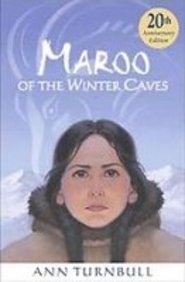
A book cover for Maroo of the Winter Caves; Ann Turnbull; Teen & Young Adult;